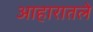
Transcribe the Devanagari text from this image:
आहारातले